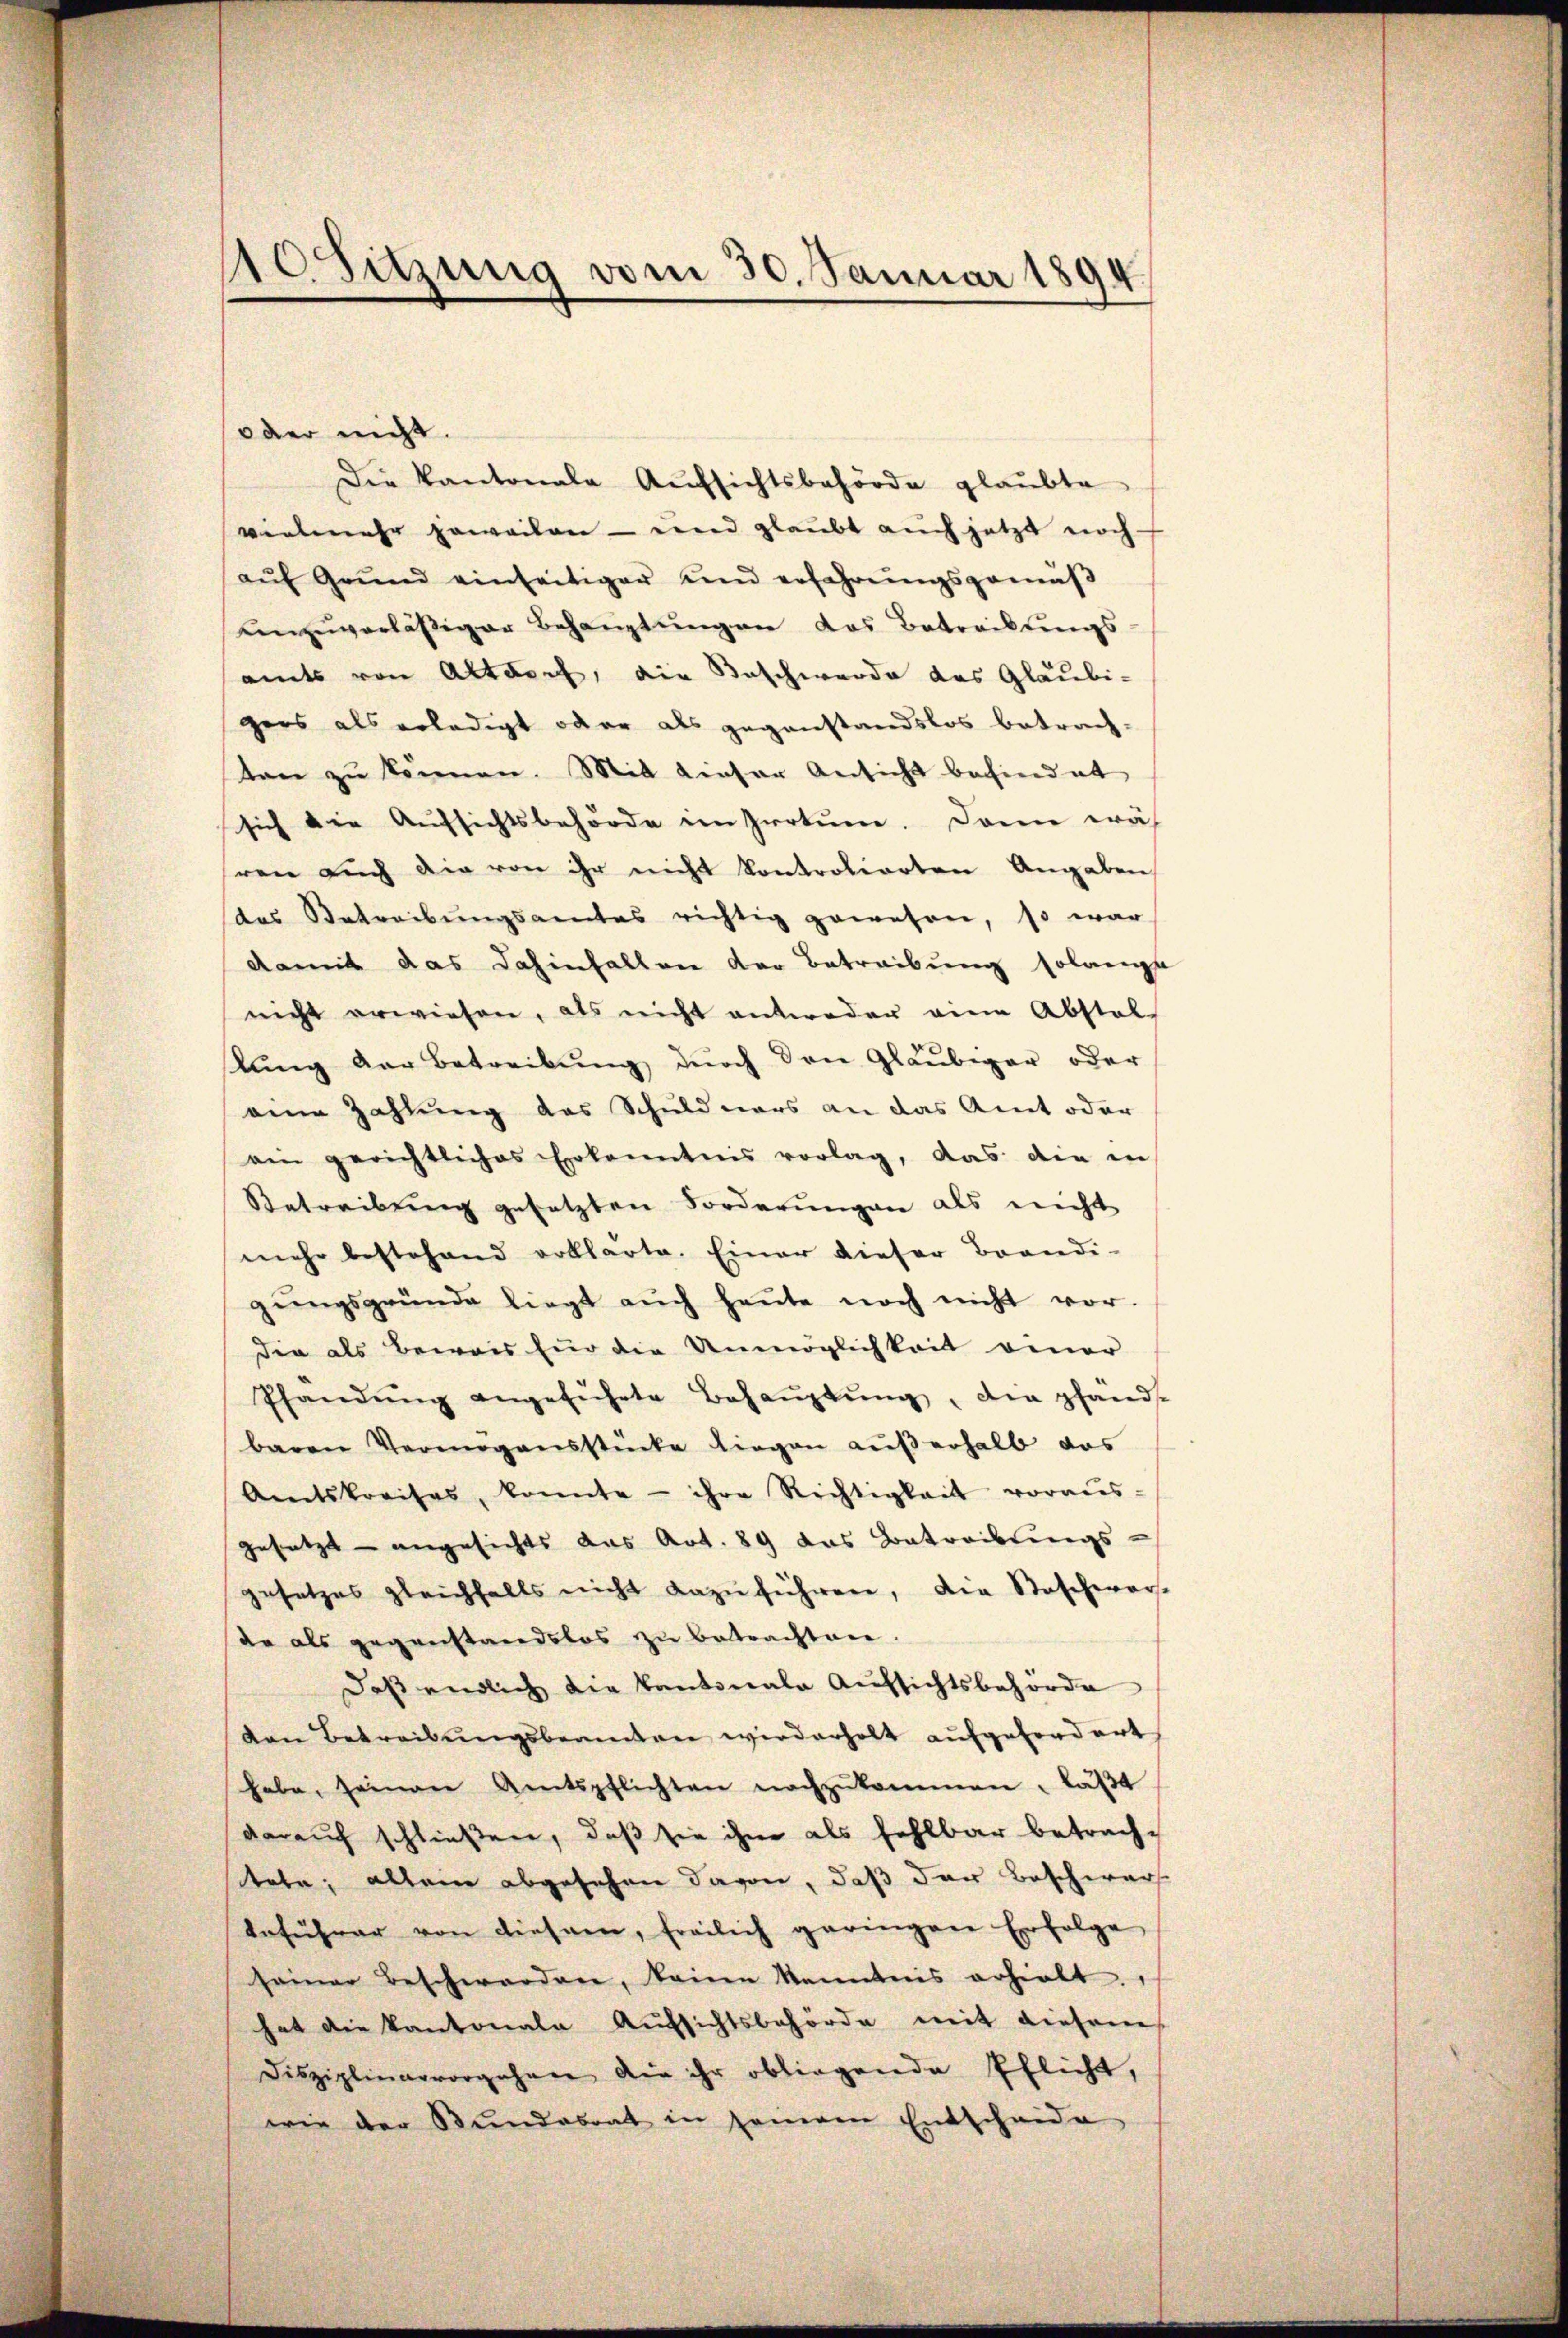
(oder nicht.
Die Kantonale Aŭfsichtsbehörde glaubte
vielmehr jeweilen – und glaubt auch jetzt noch
aŭf Grŭnd einseitiger und erfahrŭngsgemäβ
unzuverläßiger Behauptungen das Betreibungs-
amts von Altdorf, die Beschwerde das Gläubigers als erledigt oder als gegenstandslos betrach-
ten zu können. Mit dieser Ansicht befindet
sich die Aufsichtsbehörde im Irrtum. Dann wäh
sren auch die von ihr nicht konkrotierten Angaben
das Betreibŭngsamtes richtig gewesen, so war
damit das dahinfallen der Betreibung solangt
nicht erwiesen, als nicht antweder eine Abstals
lung der Betreibung durch den Gläubiger oder
eine Zahlung des Schuldners an das Amt oder
ein gerichtliches Erkanntnis vorlag, das die in
Betreibŭng gesetzten Forderŭngen als nicht
mehr bestehend erklärte. Einer dieser Brandi-
gŭngsgründe liegt aŭch heŭte noch nicht vor.
die als Beweis für die Unmöglichkeit einer
Pfändung angeführte Behaŭptŭng, die pfänd-
baren Vermögensstücke liegen aŭβerhalb das
Amtskreises, konnte - ihre Richtigkeit voraus-
gesetzt - angesichts aus Art. 89 das Betreibungs-
gesetzes gleichfalls nicht dazŭführen, die Staschwers-
de als gegenstandslos zu betrachten
Daß endlich die Kantonale Aufsichtsbehörde
von Betreibungsbeamten wiederholt aufgefordert
habe, seinem Amtspflichten nachzŭkommen, läβt
darauf schließen, daß sie ihm als fehlbar betrachtebe; allein abgesehen davon, daß der Beschwer
beführer von diesen, freilich geringen Erfolge
seiner Beschwerden, keine kenntnis erhielt.
hat die Kantonale Aufsichtsbehörde mit diesem
Disziplinarvorgehen die ihr obliegende Pflicht,
wie der Bŭndesrat in seinem Entscheide

10 Sitzung vom 30. Januar 1894.